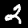
Label: 2